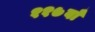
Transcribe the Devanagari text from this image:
११७वाँ